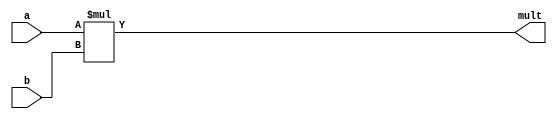
/*
   This file was generated automatically by the Mojo IDE version B1.3.6.
   Do not edit this file directly. Instead edit the original Lucid source.
   This is a temporary file and any changes made to it will be destroyed.
*/

module multiplier_12 (
    input [7:0] a,
    input [7:0] b,
    output reg [7:0] mult
  );
  
  
  
  always @* begin
    mult = a * b;
  end
endmodule